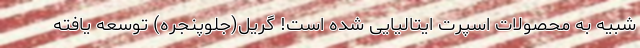
شبیه به محصولات اسپرت ایتالیایی شده است! گریل(جلوپنجره) توسعه یافته